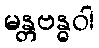
မန္တဗန္ဓဝါ